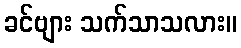
ခင်ဗျား သက်သာသလား။